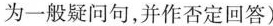
为一般疑问句,并作否定回答)